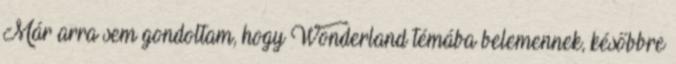
Már arra sem gondoltam, hogy Wonderland témába belemennek, későbbre